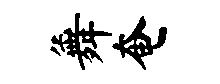
舞奄